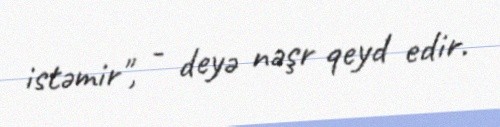
istəmir", - deyə nəşr qeyd edir.